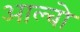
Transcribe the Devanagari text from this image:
आल्बो